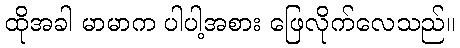
ထိုအခါ မာမာက ပါပါ့အစား ဖြေလိုက်လေသည်။